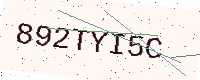
Text: 892TYI5C